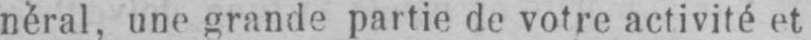
néral, une grande partie de votre activité et